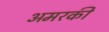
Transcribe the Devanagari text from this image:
अमरकी